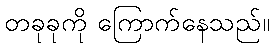
တခုခုကို ကြောက်နေသည်။